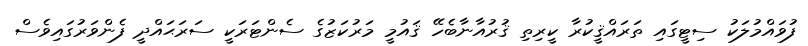
ފުވައްމުލަކު ސިޓީގައި ތަރައްޤީކުރާ ކީރިތި ޤުރުއާނާބެހޭ ޤައުމީ މަރުކަޒުގެ ސެންޓަރަކީ ސަރަޙައްދީ ފެންވަރުގައިވެސް